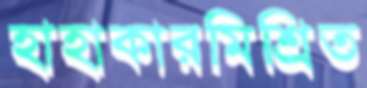
হাহাকারমিশ্রিত